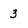
Character: 3